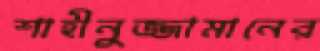
শাহীনুজ্জামানের